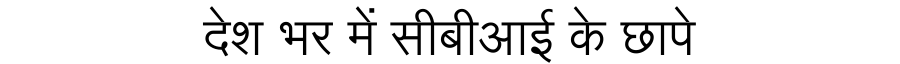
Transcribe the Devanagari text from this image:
देश भर में सीबीआई के छापे